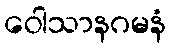
ဝေါသာနဂမနံ